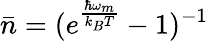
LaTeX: \bar{n}=(e^{\frac{\hbar\omega_{m}}{k_{B}T}}-1)^{-1}